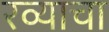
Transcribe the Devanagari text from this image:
रव्याचा